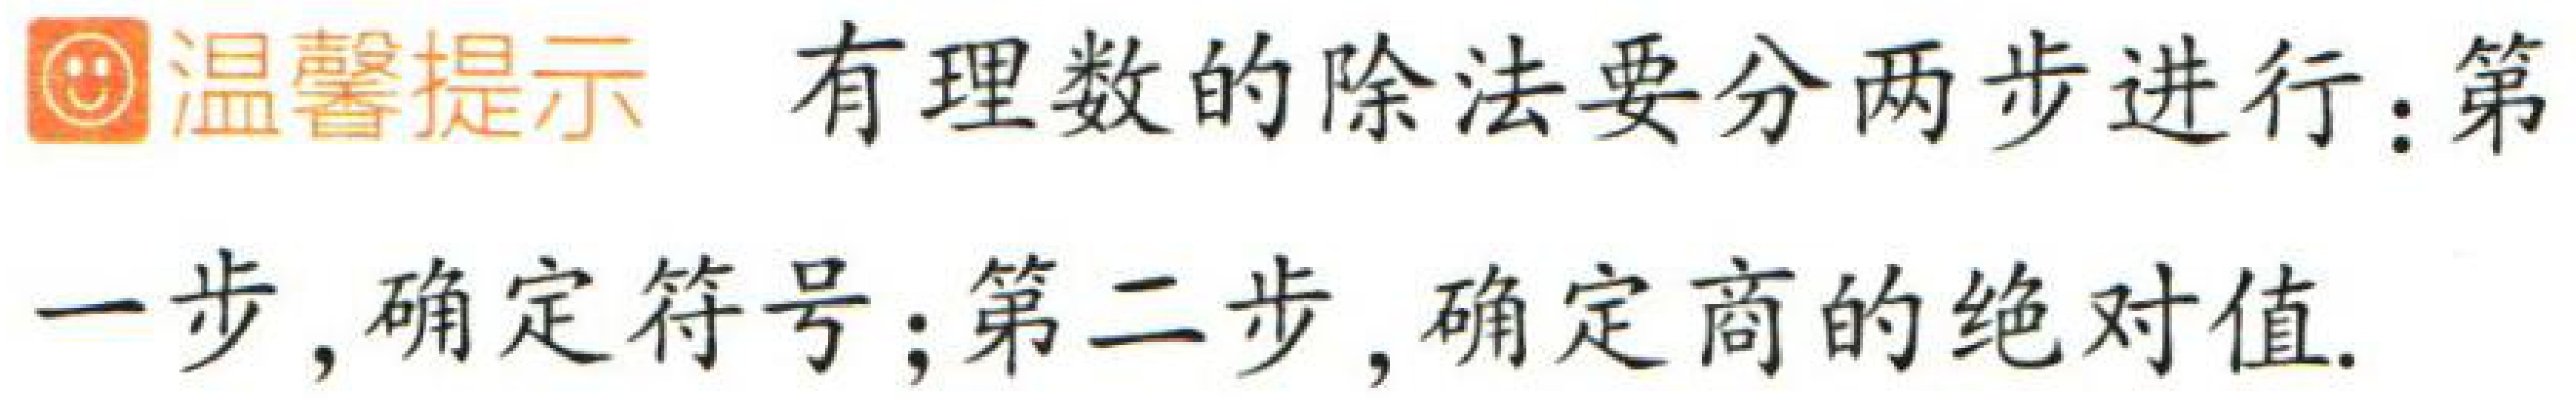
温馨提示 有理数的除法要分两步进行：第一步，确定符号；第二步，确定商的绝对值.